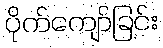
ပိုက်ကျော်ခြင်း